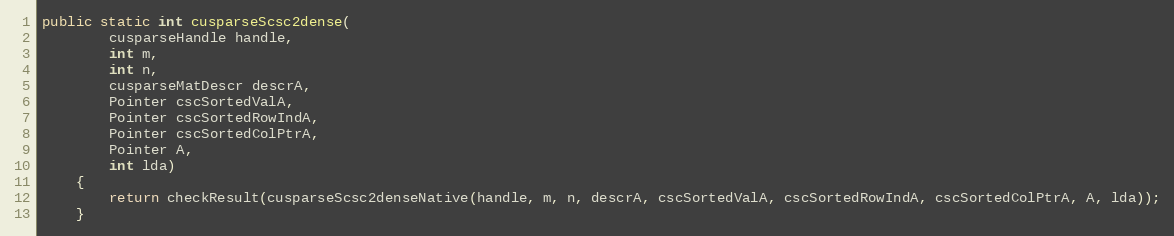
Language: Java
public static int cusparseScsc2dense(
        cusparseHandle handle,
        int m,
        int n,
        cusparseMatDescr descrA,
        Pointer cscSortedValA,
        Pointer cscSortedRowIndA,
        Pointer cscSortedColPtrA,
        Pointer A,
        int lda)
    {
        return checkResult(cusparseScsc2denseNative(handle, m, n, descrA, cscSortedValA, cscSortedRowIndA, cscSortedColPtrA, A, lda));
    }